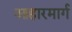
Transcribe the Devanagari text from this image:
आहारमार्ग